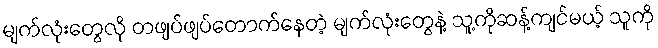
မျက်လုံးတွေလို တဖျပ်ဖျပ်တောက်နေတဲ့ မျက်လုံးတွေနဲ့ သူ့ကိုဆန့်ကျင်မယ့် သူကို